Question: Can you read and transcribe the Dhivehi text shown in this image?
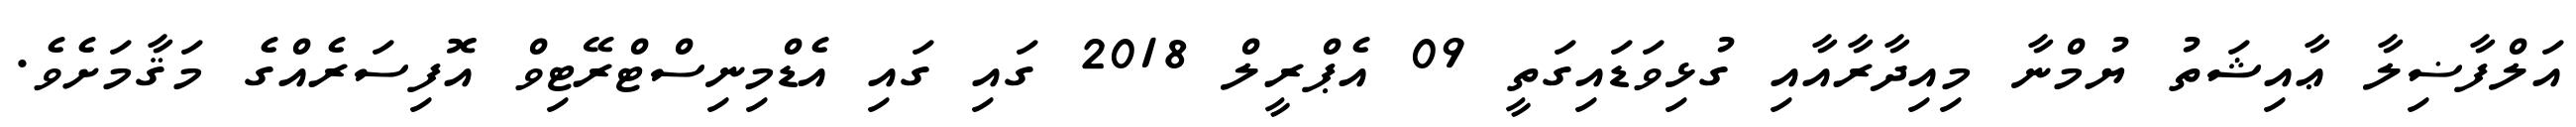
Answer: އަލްފާޟިލާ ޢާއިޝަތު ޔުމްނާ މިއިދާރާއާއި ގުޅިވަޑައިގަތީ 09 އެޕްރީލް 2018 ގައި ގައި އެޑްމިނިސްޓްރޭޓިވް އޮފިސަރެއްގެ މަޤާމަށެވެ.